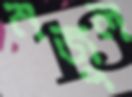
নজুল